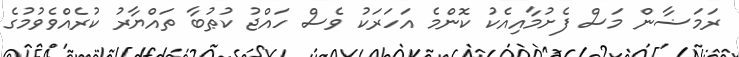
ރަމަޟާން މަސް ފެށުމާއިއެކު ކޮންމެ އަހަރަކު ވެސް ހައްޖު ކުޠުބާ ތައްޔާރު ކުރެއްވެވުމުގެ